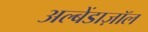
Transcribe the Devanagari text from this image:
अल्बेंडाज़ॉल